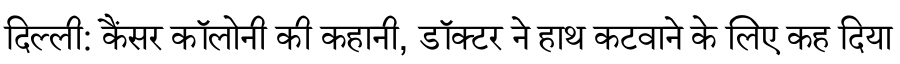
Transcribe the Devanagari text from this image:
दिल्ली: कैंसर कॉलोनी की कहानी, डॉक्टर ने हाथ कटवाने के लिए कह दिया